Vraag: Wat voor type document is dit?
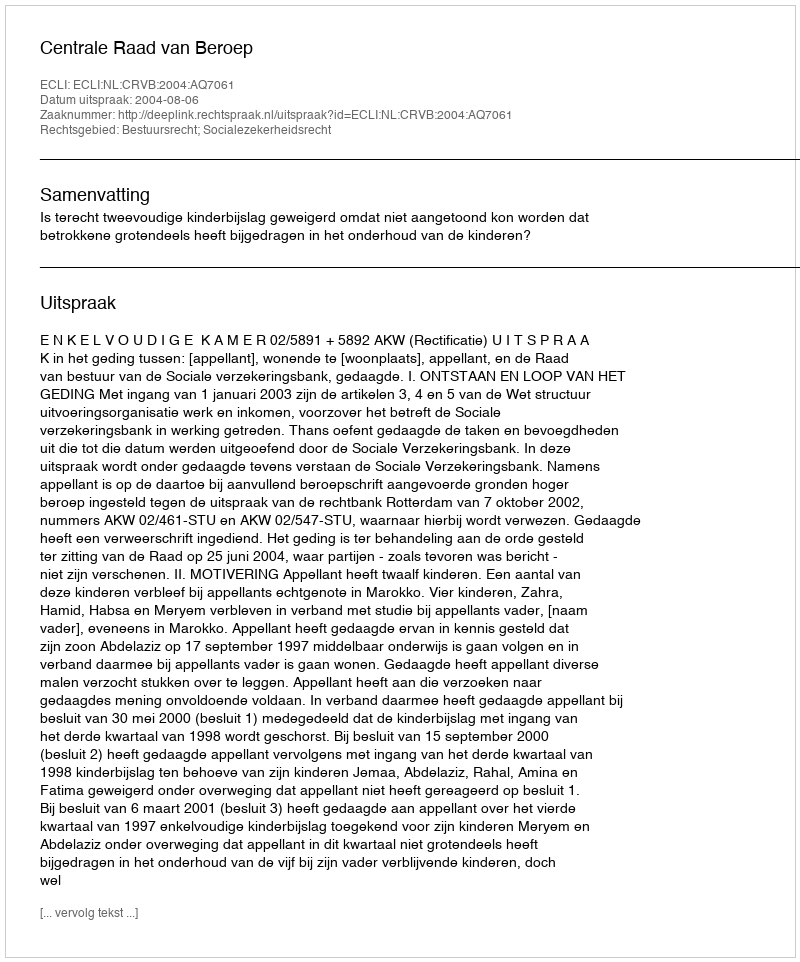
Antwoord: Uitspraak